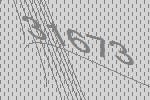
31673